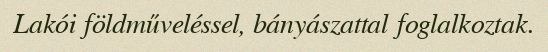
Lakói földműveléssel, bányászattal foglalkoztak.